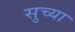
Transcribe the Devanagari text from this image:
सुच्या